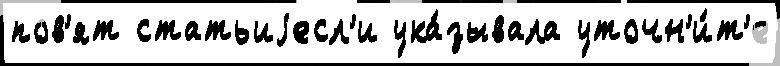
пов'ят статьиjесл'и ука́зывала уточн'и́т'е